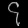
Digit: ၄